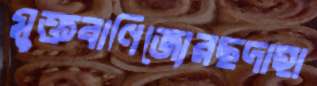
মুক্তবাণিজ্যেরছদাহা